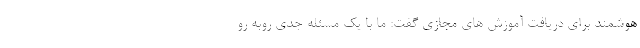
هوشمند برای دریافت آموزش های مجازی گفت: ما با یک مسئله جدی روبه رو